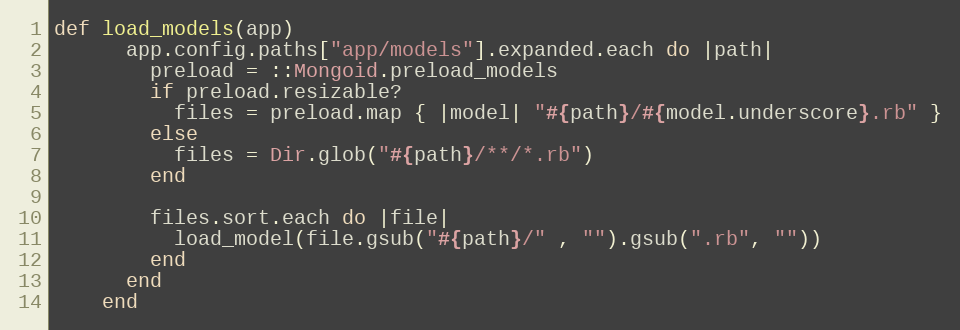
Language: Ruby
def load_models(app)
      app.config.paths["app/models"].expanded.each do |path|
        preload = ::Mongoid.preload_models
        if preload.resizable?
          files = preload.map { |model| "#{path}/#{model.underscore}.rb" }
        else
          files = Dir.glob("#{path}/**/*.rb")
        end

        files.sort.each do |file|
          load_model(file.gsub("#{path}/" , "").gsub(".rb", ""))
        end
      end
    end